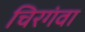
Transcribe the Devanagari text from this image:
चिरगंवा